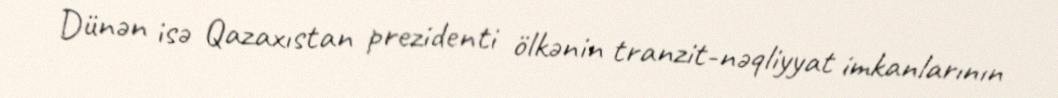
Dünən isə Qazaxıstan prezidenti ölkənin tranzit-nəqliyyat imkanlarının